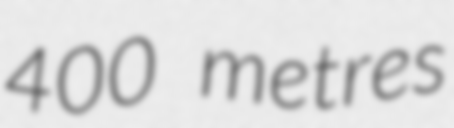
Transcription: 400 metres